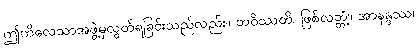
ဤကိလေသာအဖွဲ့မှလွတ်ရခြင်းသည်လည်း။ ဘဝိဿတိ၊ ဖြစ်လတ္တံ့။ အာနန္ဒဿ၊